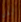
لكن